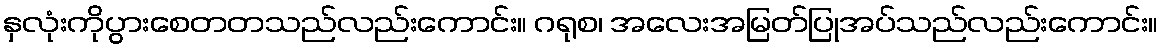
နှလုံးကိုပွားစေတတသည်လည်းကောင်း။ ဂရုစ၊ အလေးအမြတ်ပြုအပ်သည်လည်းကောင်း။